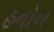
હનોખ